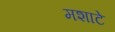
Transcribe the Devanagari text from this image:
मशाटे